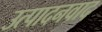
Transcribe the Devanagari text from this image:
उत्पादनवाद